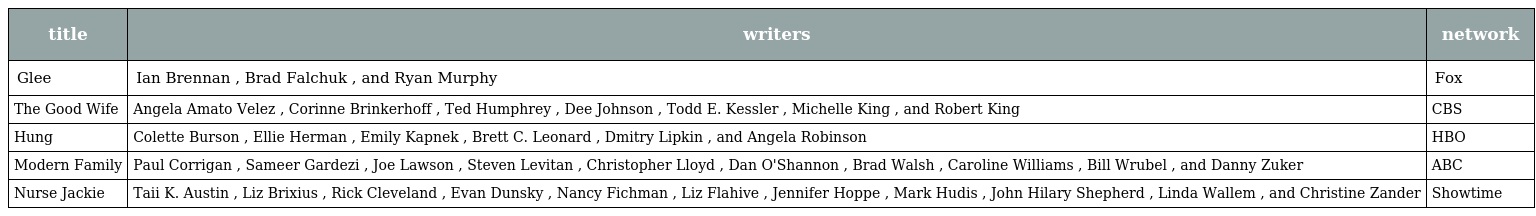
| title | writers | network |
 | --- | --- | --- |
 | Glee | Ian Brennan , Brad Falchuk , and Ryan Murphy | Fox |
 | The Good Wife | Angela Amato Velez , Corinne Brinkerhoff , Ted Humphrey , Dee Johnson , Todd E. Kessler , Michelle King , and Robert King | CBS |
 | Hung | Colette Burson , Ellie Herman , Emily Kapnek , Brett C. Leonard , Dmitry Lipkin , and Angela Robinson | HBO |
 | Modern Family | Paul Corrigan , Sameer Gardezi , Joe Lawson , Steven Levitan , Christopher Lloyd , Dan O'Shannon , Brad Walsh , Caroline Williams , Bill Wrubel , and Danny Zuker | ABC |
 | Nurse Jackie | Taii K. Austin , Liz Brixius , Rick Cleveland , Evan Dunsky , Nancy Fichman , Liz Flahive , Jennifer Hoppe , Mark Hudis , John Hilary Shepherd , Linda Wallem , and Christine Zander | Showtime |